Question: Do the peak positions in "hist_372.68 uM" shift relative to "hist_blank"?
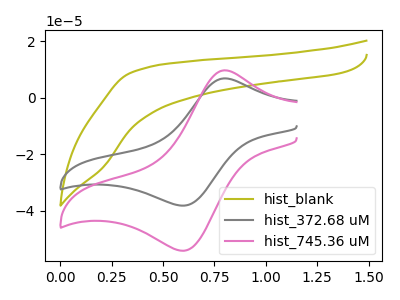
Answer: <think>The olive curve "hist_blank" has no peaks. The gray curve "hist_372.68 uM" has an anodic peak at (0.80V, 6.80uA) and a cathodic peak at (0.60V, -38.10uA). The pink curve "hist_745.36 uM" has an anodic peak at (0.80V, 9.65uA) and a cathodic peak at (0.60V, -54.00uA).
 "hist_372.68 uM" and "hist_blank" have a different number of peaks.</think>
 <answer>Yes, "hist_372.68 uM" and "hist_blank" are different in shape.</answer>
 <eval>yes_change</eval>